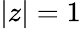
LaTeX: |z|=1